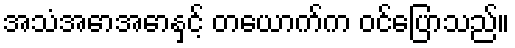
အသံအောအောနှင့် တယောက်က ဝင်ပြောသည်။